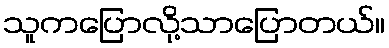
သူကပြောလို့သာပြောတယ်။